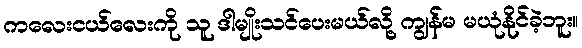
ကလေးငယ်လေးကို သူ ဒါမျိုးသင်ပေးမယ်လို့ ကျွန်မ မယုံနိုင်ခဲ့ဘူး။